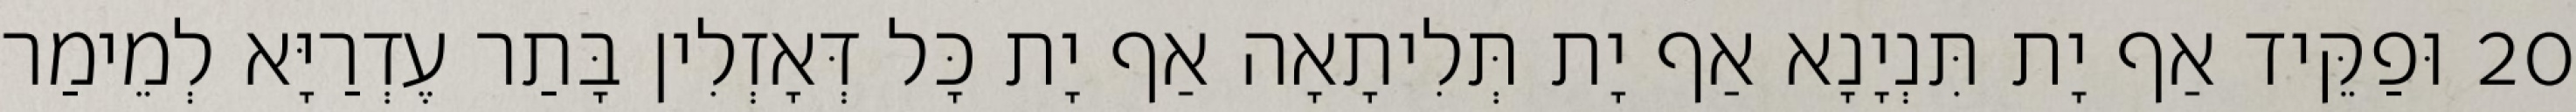
20 וּפַקֵּיד אַף יָת תִּנְיָנָא אַף יָת תְּלִיתָאָה אַף יָת כָּל דְּאָזְלִין בָּתַר עֶדְרַיָּא לְמֵימַר